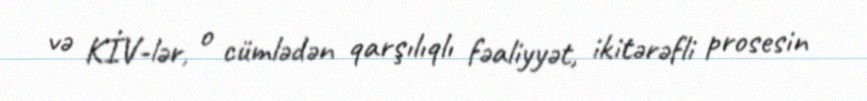
və KİV-lər, o cümlədən qarşılıqlı fəaliyyət, ikitərəfli prosesin